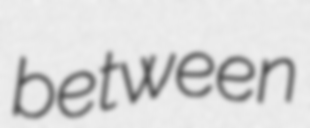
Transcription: between